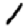
Digit: 1